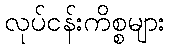
လုပ်ငန်းကိစ္စများ